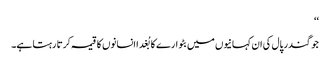
‘‘
جوگندر پال کی ان کہانیوں میں بٹوارے کا بُغدا انسانوں کا قیمہ کرتا رہتا ہے۔